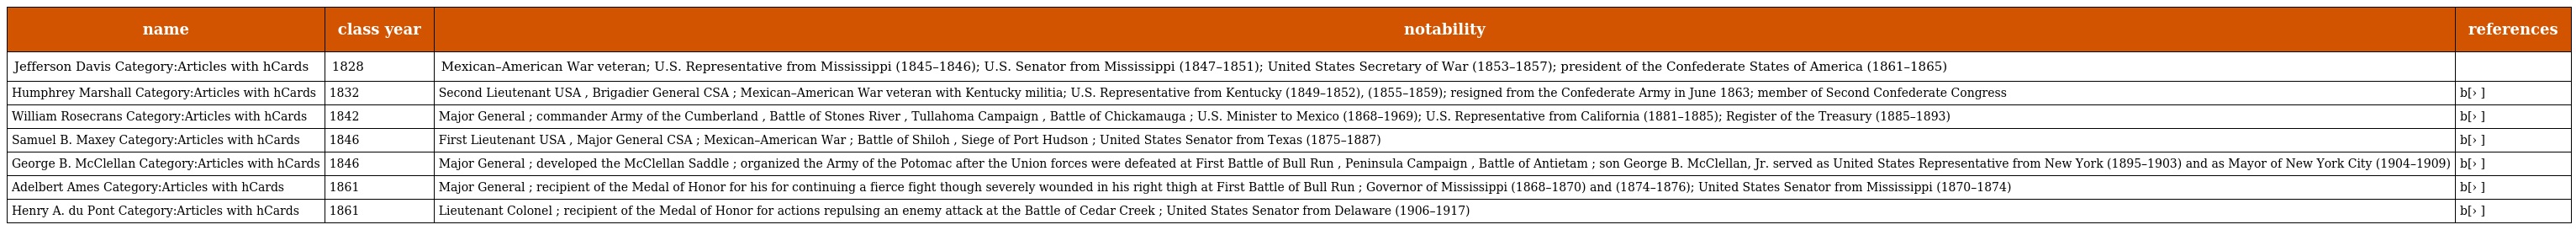
| name | class year | notability | references |
 | --- | --- | --- | --- |
 | Jefferson Davis Category:Articles with hCards | 1828 | Mexican–American War veteran; U.S. Representative from Mississippi (1845–1846); U.S. Senator from Mississippi (1847–1851); United States Secretary of War (1853–1857); president of the Confederate States of America (1861–1865) |  |
 | Humphrey Marshall Category:Articles with hCards | 1832 | Second Lieutenant USA , Brigadier General CSA ; Mexican–American War veteran with Kentucky militia; U.S. Representative from Kentucky (1849–1852), (1855–1859); resigned from the Confederate Army in June 1863; member of Second Confederate Congress | b[› ] |
 | William Rosecrans Category:Articles with hCards | 1842 | Major General ; commander Army of the Cumberland , Battle of Stones River , Tullahoma Campaign , Battle of Chickamauga ; U.S. Minister to Mexico (1868–1969); U.S. Representative from California (1881–1885); Register of the Treasury (1885–1893) | b[› ] |
 | Samuel B. Maxey Category:Articles with hCards | 1846 | First Lieutenant USA , Major General CSA ; Mexican–American War ; Battle of Shiloh , Siege of Port Hudson ; United States Senator from Texas (1875–1887) | b[› ] |
 | George B. McClellan Category:Articles with hCards | 1846 | Major General ; developed the McClellan Saddle ; organized the Army of the Potomac after the Union forces were defeated at First Battle of Bull Run , Peninsula Campaign , Battle of Antietam ; son George B. McClellan, Jr. served as United States Representative from New York (1895–1903) and as Mayor of New York City (1904–1909) | b[› ] |
 | Adelbert Ames Category:Articles with hCards | 1861 | Major General ; recipient of the Medal of Honor for his for continuing a fierce fight though severely wounded in his right thigh at First Battle of Bull Run ; Governor of Mississippi (1868–1870) and (1874–1876); United States Senator from Mississippi (1870–1874) | b[› ] |
 | Henry A. du Pont Category:Articles with hCards | 1861 | Lieutenant Colonel ; recipient of the Medal of Honor for actions repulsing an enemy attack at the Battle of Cedar Creek ; United States Senator from Delaware (1906–1917) | b[› ] |